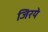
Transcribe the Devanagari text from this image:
जिरये